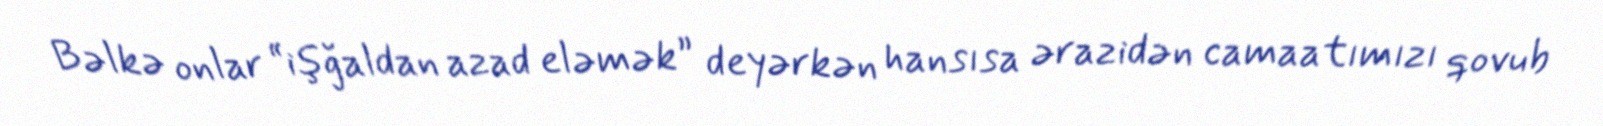
Bəlkə onlar “işğaldan azad eləmək” deyərkən hansısa ərazidən camaatımızı qovub